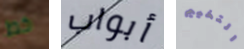
خط أبواب التخييم